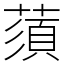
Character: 蕦